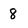
Character: 8